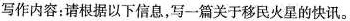
写作内容：请根据以下信息，写一篇关于移民火星的快讯。